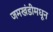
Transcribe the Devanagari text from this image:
जमखंडीमधून